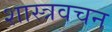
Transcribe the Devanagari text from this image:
शास्त्रवचन